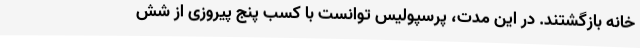
خانه بازگشتند. در این مدت، پرسپولیس توانست با کسب پنج پیروزی از شش